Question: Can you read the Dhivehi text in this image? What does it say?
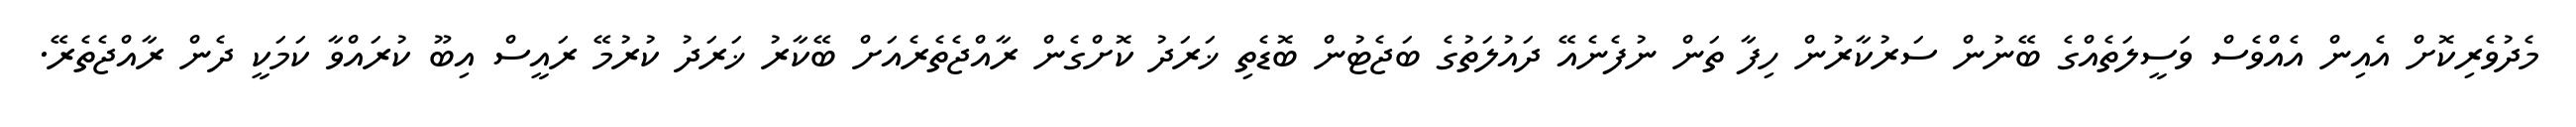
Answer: މެދުވެރިކޮށް އެއިން އެއްވެސް ވަސީލަތެއްގެ ބޭނުން ސަރުކާރުން ހިފާ ތަން ނުފެނެއޭ ދައުލަތުގެ ބަޖެޓުން ބޮޑެތި ޚަރަދު ކޮށްގެން ރާއްޖެތެރެއަށް ބޭކާރު ޚަރަދު ކުރުމޭ ރައީސް އިބޫ ކުރައްވާ ކަމަކީ ދެން ރާއްޖެތެރޭ.